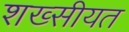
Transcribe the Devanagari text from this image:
शख्सीयत